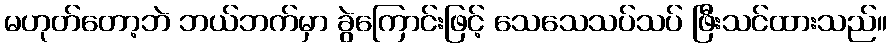
မဟုတ်တော့ဘဲ ဘယ်ဘက်မှာ ခွဲကြောင်းဖြင့် သေသေသပ်သပ် ဖြီးသင်ထားသည်။